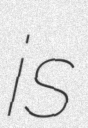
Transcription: is